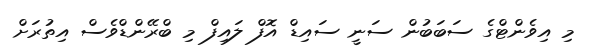
މި އިވެންޓްގެ ސަބަބުން ސަނީ ސައިޑް އޮފް ލައިފް މި ބްރޭންޑްވެސް އިތުރަށް